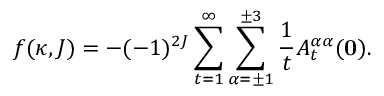
f ( \kappa , J ) = - ( - 1 ) ^ { 2 J } \sum _ { t = 1 } ^ { \infty } \sum _ { \alpha = \pm 1 } ^ { \pm 3 } \frac { 1 } { t } A _ { t } ^ { \alpha \alpha } ( { \bf 0 } ) .